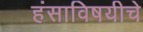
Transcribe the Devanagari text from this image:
हंसाविषयीचे